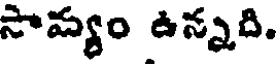
సావ్యం ఉన్నది.